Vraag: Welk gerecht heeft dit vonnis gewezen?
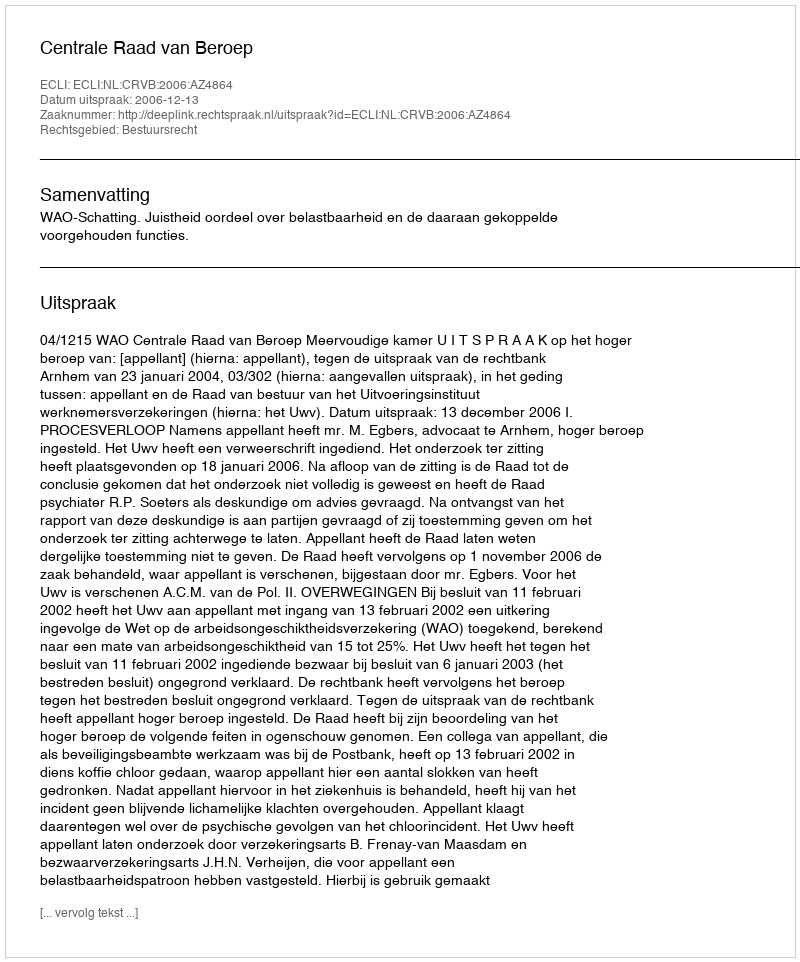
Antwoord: Centrale Raad van Beroep